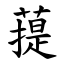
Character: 䔶